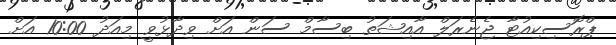
ޕްރޮސިކިއުޓާ ޖެނެރަލް އާއިޝަތު ބިސާމް ސަން އަށް ވިދާޅުވީ މިއަދު 10:00 އަށް